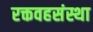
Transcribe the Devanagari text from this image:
रक्तवहसंस्था